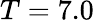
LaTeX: T=7.0